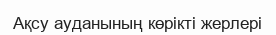
Ақсу ауданының көрікті жерлері